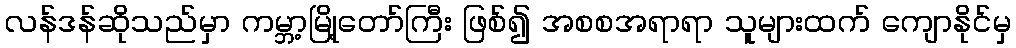
လန်ဒန်ဆိုသည်မှာ ကမ္ဘာ့မြို့တော်ကြီး ဖြစ်၍ အစစအရာရာ သူများထက် ကျောနိုင်မှ